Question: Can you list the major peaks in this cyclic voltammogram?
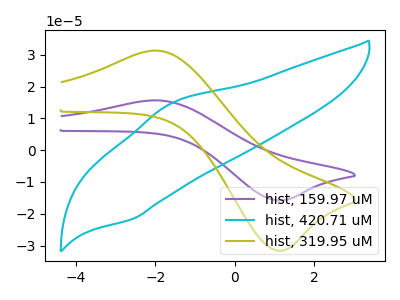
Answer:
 <answer>The purple curve "hist, 159.97 uM" has an anodic peak at (-1.95V, 15.65uA) and a cathodic peak at (1.20V, -15.80uA). The cyan curve "hist, 420.71 uM" has an anodic peak at (-1.60V, 14.70uA) and a cathodic peak at (-2.60V, -21.65uA). The olive curve "hist, 319.95 uM" has an anodic peak at (-1.95V, 31.30uA) and a cathodic peak at (1.20V, -31.60uA).</answer>
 <eval></eval>